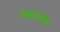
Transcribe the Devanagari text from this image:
स्वतम्त्र